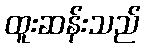
ထူးဆန်းသည်